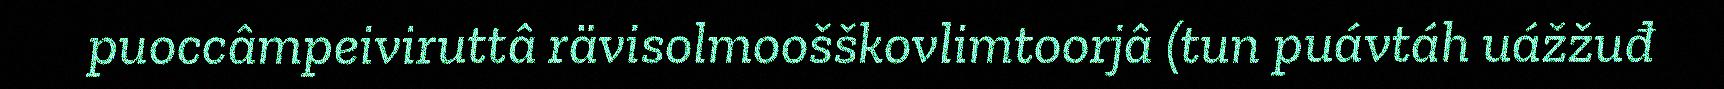
puoccâmpeiviruttâ rävisolmoošškovlimtoorjâ (tun puávtáh uážžuđ